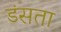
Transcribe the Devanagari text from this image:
डंसता